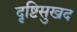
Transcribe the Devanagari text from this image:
दृष्टिसुखद